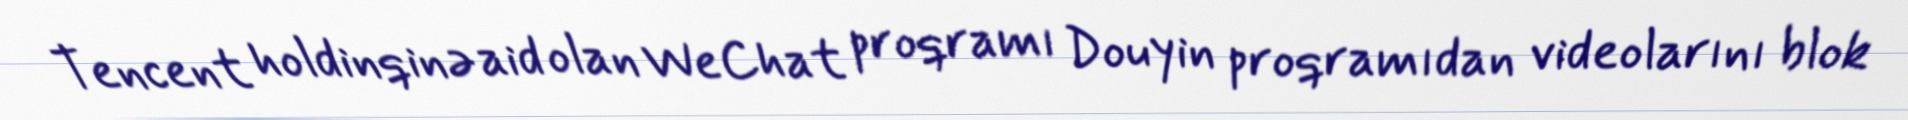
Tencent holdinqinə aid olan WeChat proqramı Douyin proqramıdan videolarını blok